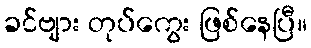
ခင်ဗျား တုပ်ကွေး ဖြစ်နေပြီ။